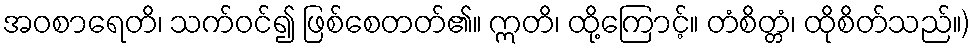
အဝစာရေတိ၊ သက်ဝင်၍ ဖြစ်စေတတ်၏။ ဣတိ၊ ထို့ကြောင့်။ တံစိတ္တံ၊ ထိုစိတ်သည်။)